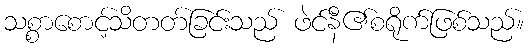
သစ္စာစောင့်သိတတ်ခြင်းသည် ဖဲင်နီ၏စရိုက်ဖြစ်သည်။